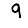
Digit: 9